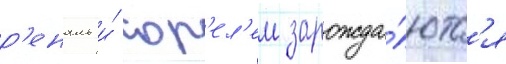
р'еналь и́ сор'ел'ем зарожда́ютс'я